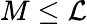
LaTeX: M\leq\mathcal{L}